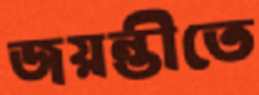
জয়ন্তীতে